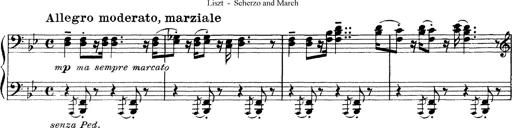
Title: Scherzo und Marsch
Composer: Franz Liszt